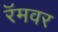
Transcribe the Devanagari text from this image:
रॅमवर